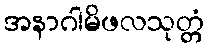
အနာဂါမိဖလသုတ္တံ